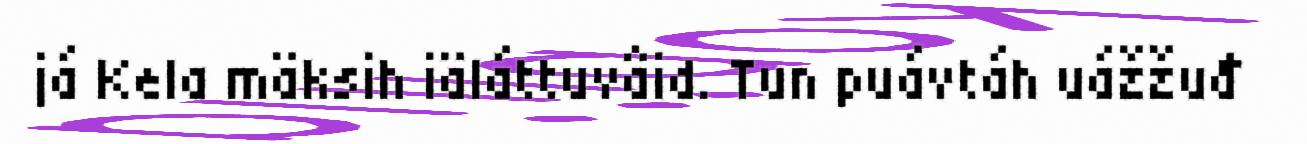
já Kela mäksih iäláttuvâid. Tun puávtáh uážžuđ